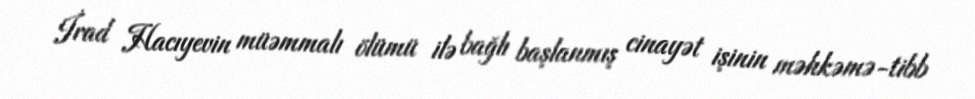
İrad Hacıyevin müəmmalı ölümü ilə bağlı başlanmış cinayət işinin məhkəmə-tibb